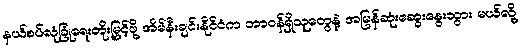
နယ်စပ်လုံခြုံရေးတိုးမြှင့်ဖို့ အိမ်နီးချင်းနိုင်ငံက တာဝန်ရှိသူတွေနဲ့ အမြန်ဆုံးဆွေးနွေးသွား မယ်လို့